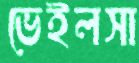
ভেইলসা